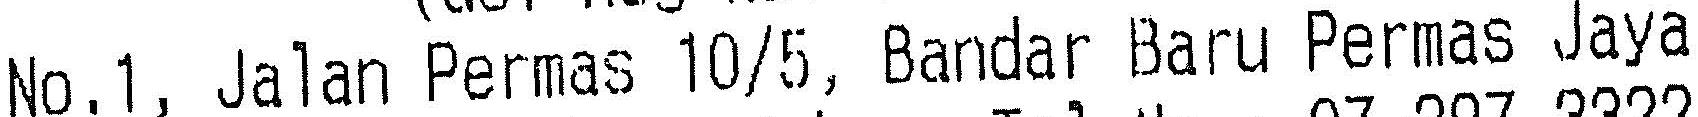
NO.1, JALAN PERMAS 10/5, BANDAR BARU PERMAS JAYA